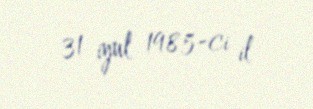
31 iyul 1985-ci il